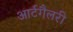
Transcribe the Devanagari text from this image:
आर्टगैलरी